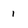
Character: 1